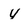
Character: Y